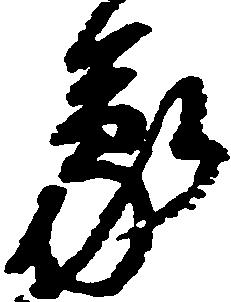
蒙